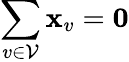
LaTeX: \sum_{v\in\mathcal{V}}\mathbf{x}_{v}=\mathbf{0}